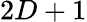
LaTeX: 2D+1